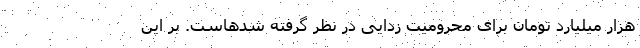
هزار میلیارد تومان برای محرومیت زدایی در نظر گرفته شدهاست. بر این